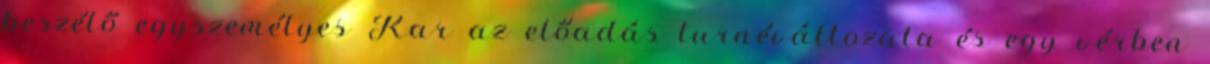
beszélő egyszemélyes Kar az előadás turnéváltozata és egy vérben